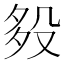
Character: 𣪈